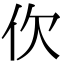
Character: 㐸